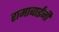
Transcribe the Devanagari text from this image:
रामाबाईंनी